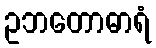
ဥဘတောဓာရံ